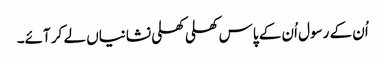
اُن کے رسول اُن کے پاس کھلی کھلی نشانیاں لے کر آئے۔